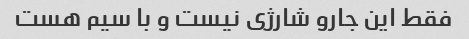
فقط این جارو شارژی نیست و با سیم هست